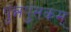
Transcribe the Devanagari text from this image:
पुन्नपुंसकम्‌